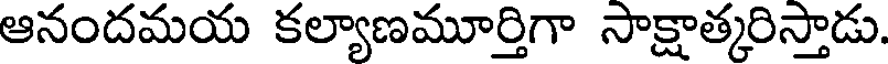
ఆనందమయ కల్యాణమూర్తిగా సాక్షాత్కరిస్తాడు.